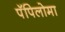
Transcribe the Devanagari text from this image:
पॅपिलोमा